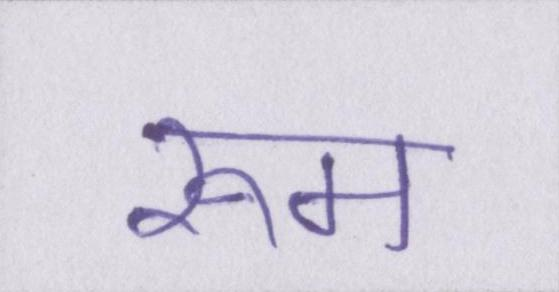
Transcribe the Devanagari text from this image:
रूम